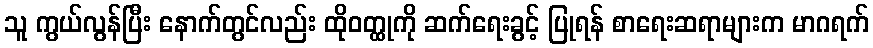
သူ ကွယ်လွန်ပြီး နောက်တွင်လည်း ထိုဝတ္ထုကို ဆက်ရေးခွင့် ပြုရန် စာရေးဆရာများက မာဂရက်